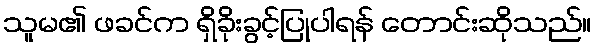
သူမ၏ ဖခင်က ရှိခိုးခွင့်ပြုပါရန် တောင်းဆိုသည်။